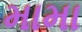
મામા